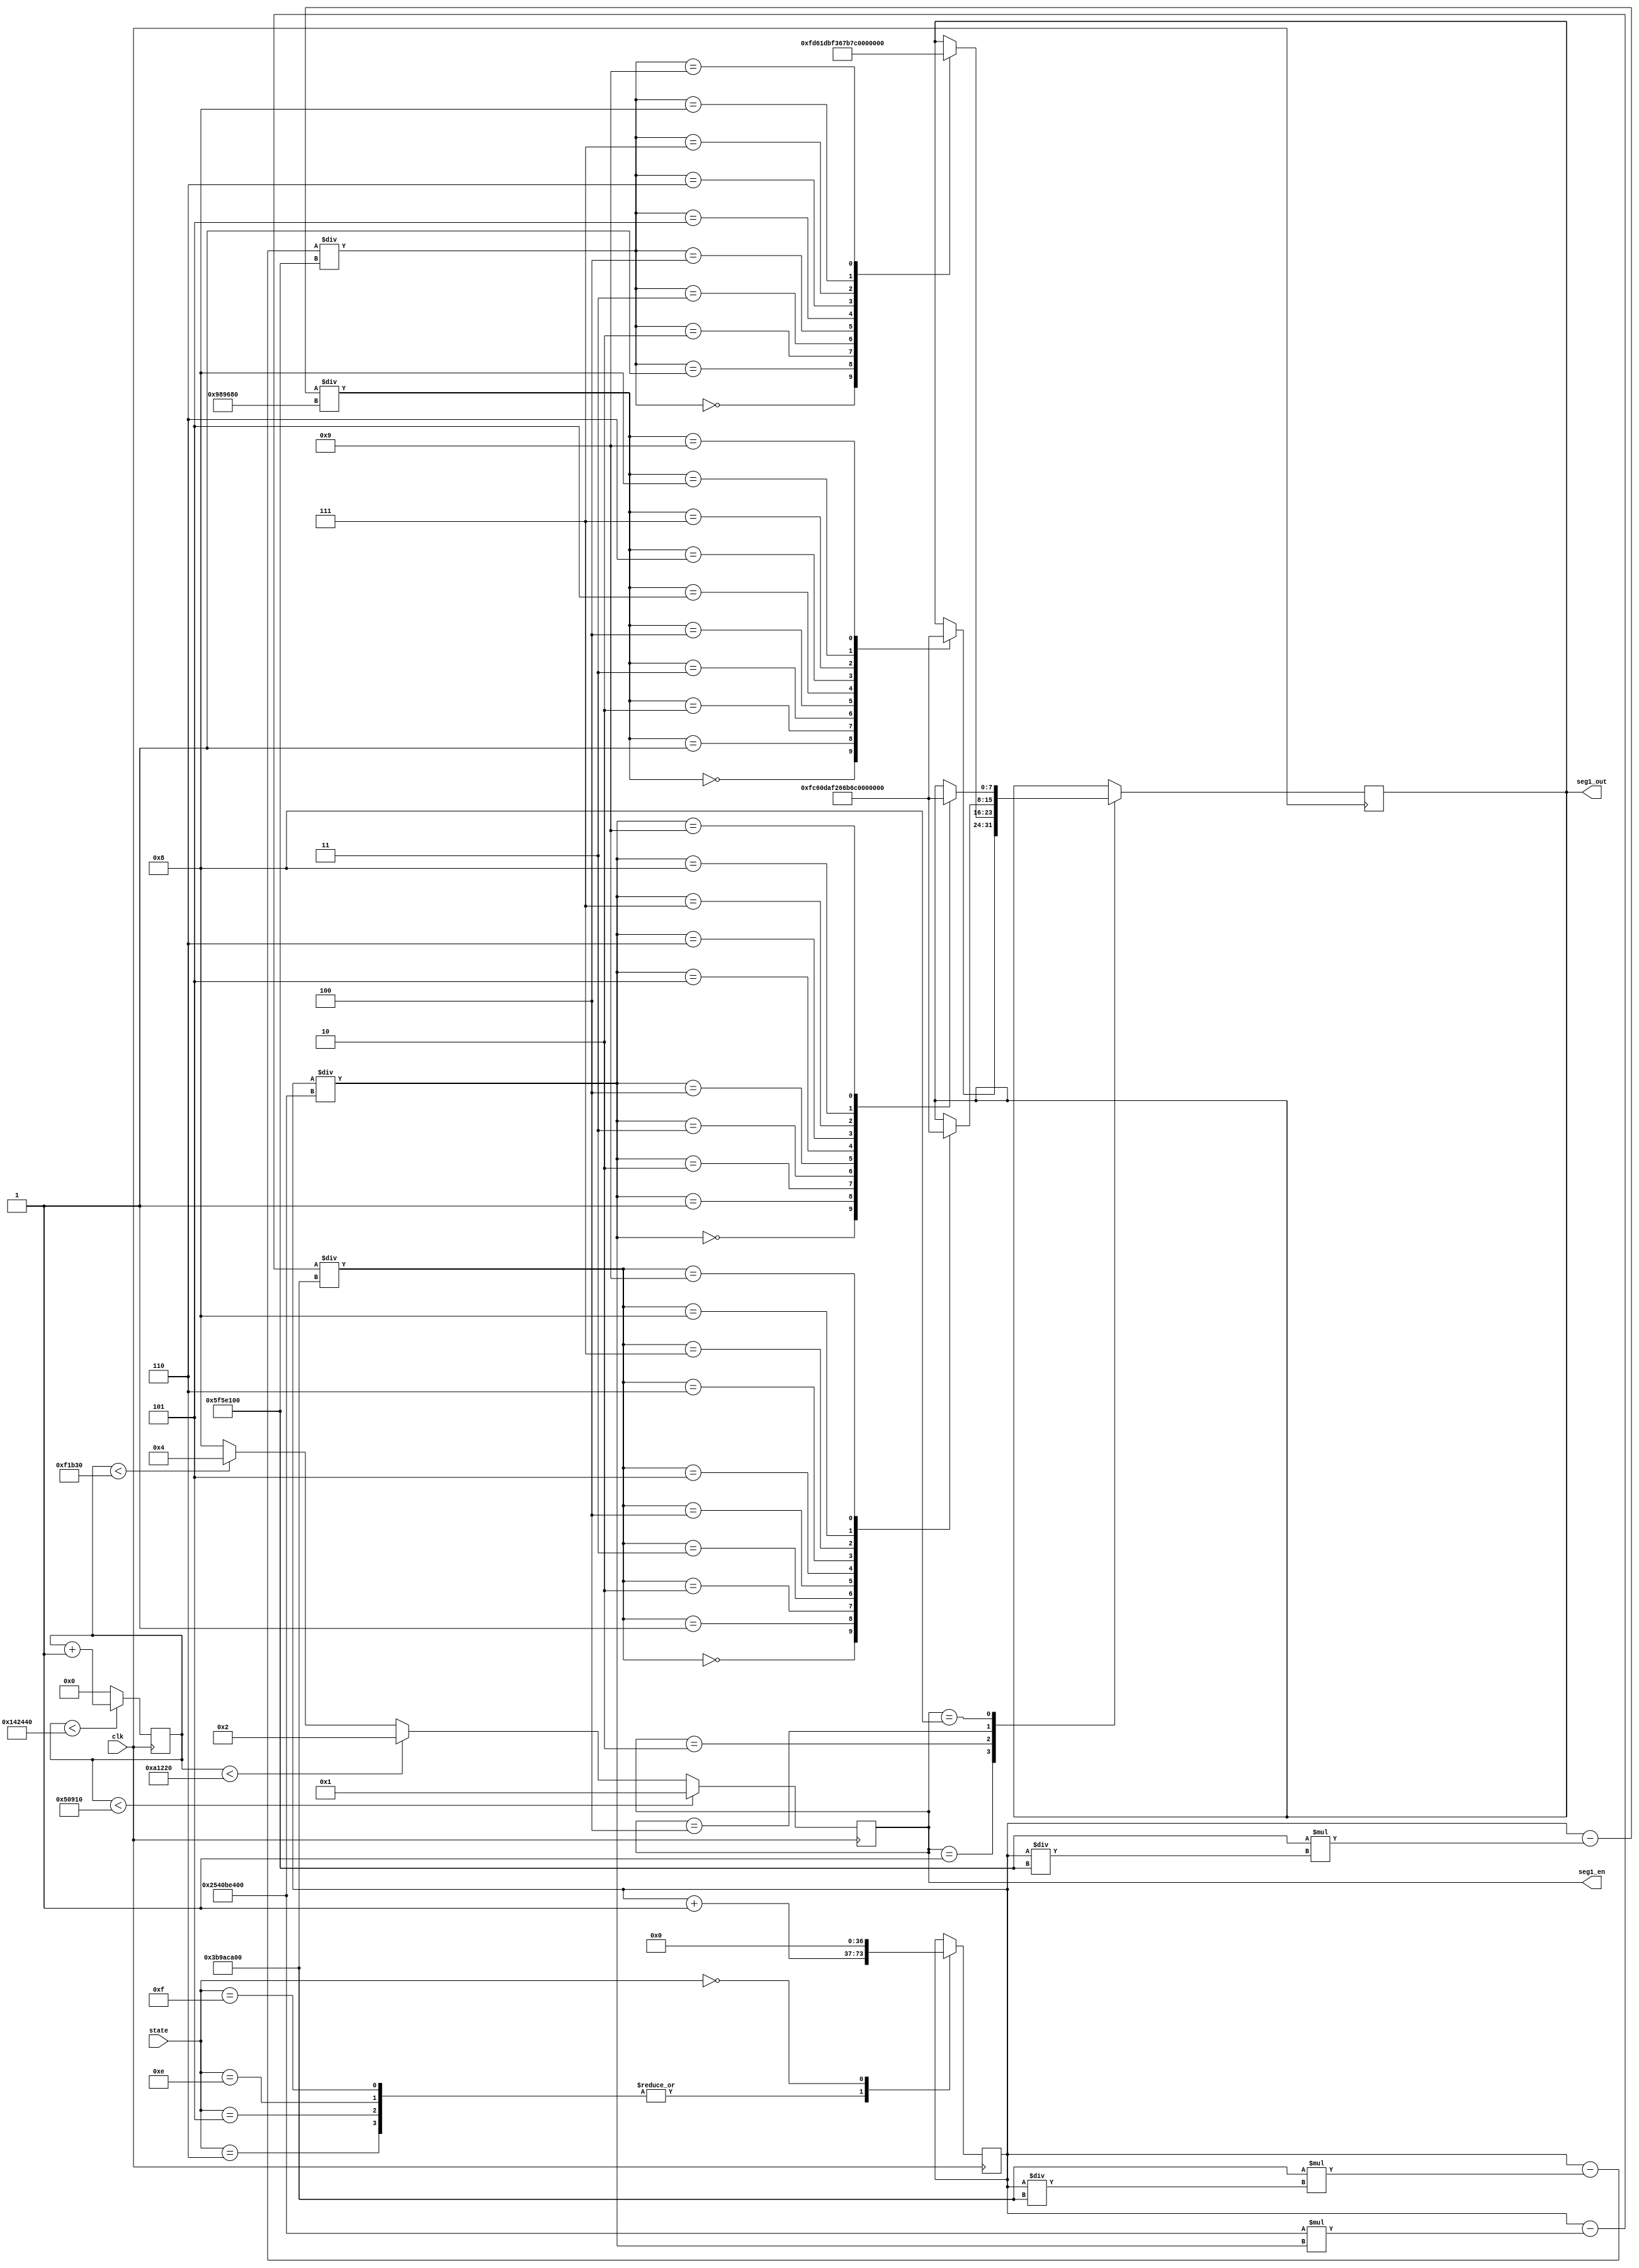
`timescale 1ns / 1ps
//////////////////////////////////////////////////////////////////////////////////
// Company: 
// Engineer: 
// 
// Design Name: 
// Module Name: seg_mod
// Project Name: 
// Target Devices: 
// Tool Versions: 
// Description: 
// 
// Dependencies: 
// 
// Revision:
// Revision 0.01 - File Created
// Additional Comments:
// 
//////////////////////////////////////////////////////////////////////////////////


module seg2_mod(
input clk,//
input [3:0]state,//
output reg [7:0] seg1_out,// 
output reg [3:0] seg1_en//
);
//top
parameter off = 4'b0000, no_st = 4'b0011, start = 4'b0111, movef = 4'b0110, moveb = 4'b0101,keep_go=4'b1110,semi_movef=4'b1111; 

//
parameter f = 30'd13200_00, o = 30'd9900_00, t = 30'd6600_00, tr = 30'd3300_00, zero = 30'b0;

//0.1
parameter one = 37'd10000_0000, ten = 37'd10000_0000_0, s = 37'd10000_0000_00, dian = 37'd10000_000;
reg [36:0] cnt = zero;//
reg [29:0] sh = zero;//

always @ (posedge clk) begin
    case (state)
        movef: begin
            cnt <= cnt+3'd1;
        end
        moveb: begin
            cnt <= cnt+3'd1;
        end
        keep_go: begin
            cnt <= cnt+3'd1;
        end
        semi_movef: begin
            cnt <= cnt+3'd1;
        end
        off: 
            cnt <= zero;
        default:
            cnt <= cnt;
    endcase
end

always @ (posedge clk) begin
    case(seg1_en)
        4'b0001:begin
                case((cnt-one*(cnt/one))/dian)
                    4'd0: seg1_out <= 8'b11111100;//0
                    4'd1: seg1_out <= 8'b01100000;//1
                    4'd2: seg1_out <= 8'b11011010;//2
                    4'd3: seg1_out <= 8'b11110010;//3
                    4'd4: seg1_out <= 8'b01100110;//4
                    4'd5: seg1_out <= 8'b10110110;//5
                    4'd6: seg1_out <= 8'b10111110;//6
                    4'd7: seg1_out <= 8'b11100000;//7
                    4'd8: seg1_out <= 8'b11111110;//8
                    4'd9: seg1_out <= 8'b11110110;//9
                endcase
        end
        
        4'b0010:begin
                case((cnt-ten*(cnt/ten))/one)
                    4'd0: seg1_out <= 8'b11111101;//0
                    4'd1: seg1_out <= 8'b01100001;//1
                    4'd2: seg1_out <= 8'b11011011;//2
                    4'd3: seg1_out <= 8'b11110011;//3
                    4'd4: seg1_out <= 8'b01100111;//4
                    4'd5: seg1_out <= 8'b10110111;//5
                    4'd6: seg1_out <= 8'b10111111;//6
                    4'd7: seg1_out <= 8'b11100001;//7
                    4'd8: seg1_out <= 8'b11111111;//8
                    4'd9: seg1_out <= 8'b11110111;//9
                endcase
        end

        4'b0100:begin
                case((cnt - s*(cnt/s))/ten)
                    4'd0: seg1_out <= 8'b11111100;//0
                    4'd1: seg1_out <= 8'b01100000;//1
                    4'd2: seg1_out <= 8'b11011010;//2
                    4'd3: seg1_out <= 8'b11110010;//3
                    4'd4: seg1_out <= 8'b01100110;//4
                    4'd5: seg1_out <= 8'b10110110;//5
                    4'd6: seg1_out <= 8'b10111110;//6
                    4'd7: seg1_out <= 8'b11100000;//7
                    4'd8: seg1_out <= 8'b11111110;//8
                    4'd9: seg1_out <= 8'b11110110;//9
                endcase
        end

        4'b1000:begin
                case(cnt/s)
                    4'd0: seg1_out <= 8'b11111100;//0
                    4'd1: seg1_out <= 8'b01100000;//1
                    4'd2: seg1_out <= 8'b11011010;//2
                    4'd3: seg1_out <= 8'b11110010;//3
                    4'd4: seg1_out <= 8'b01100110;//4
                    4'd5: seg1_out <= 8'b10110110;//5
                    4'd6: seg1_out <= 8'b10111110;//6
                    4'd7: seg1_out <= 8'b11100000;//7
                    4'd8: seg1_out <= 8'b11111110;//8
                    4'd9: seg1_out <= 8'b11110110;//9
                endcase
        end

    endcase
end

always @ (negedge clk) begin
    if(sh<f) sh <= sh+1'b1;
    else sh <= zero;
    if(sh<tr) seg1_en <= 4'b0001;
    else if (sh<t) seg1_en <= 4'b0010;
    else if (sh<o) seg1_en <= 4'b0100;
    else seg1_en <= 4'b1000;
end
endmodule